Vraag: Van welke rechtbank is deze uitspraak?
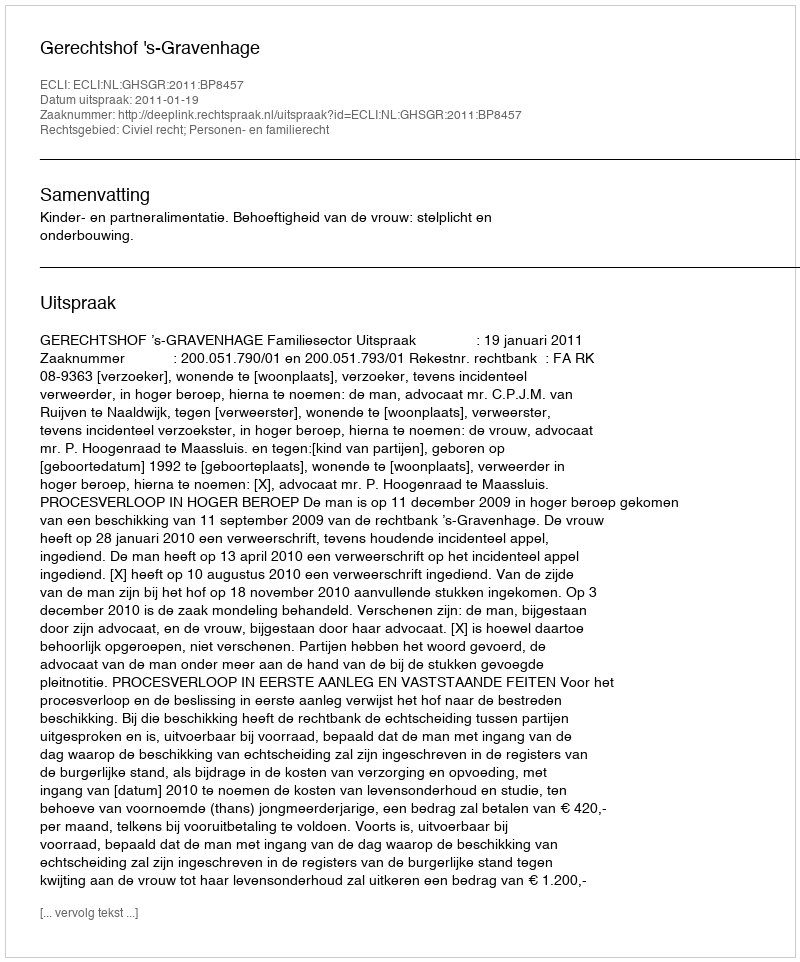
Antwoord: Gerechtshof 's-Gravenhage